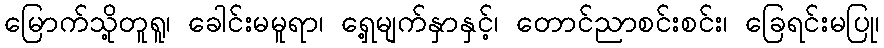
မြောက်သို့တူရူ၊ ခေါင်းမမူရာ၊ ရှေ့မျက်နှာနှင့်၊ တောင်ညာစင်းစင်း၊ ခြေရင်းမပြု၊